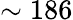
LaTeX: \sim 186